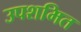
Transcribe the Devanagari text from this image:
उपशमित